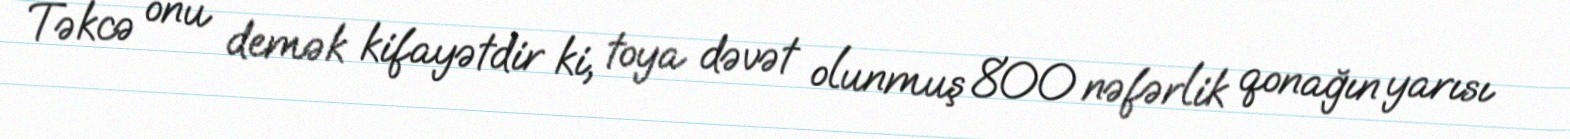
Təkcə onu demək kifayətdir ki, toya dəvət olunmuş 800 nəfərlik qonağın yarısı